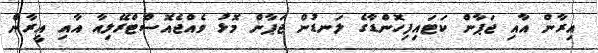
އިރާން އާއި ޖަޕާން ކަޓައިފިހޮންޑާގެ ލަނޑުން ޖަޕާން މޮޅު ވެއްޖެއޮސްޓްރޭލިއާ އާއި އީރާން